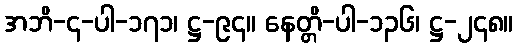
အဘိ-၄-ပါ-၁၇၁၊ ဋ္ဌ-၉၄။ နေတ္တိ-ပါ-၁၃၆၊ ဋ္ဌ-၂၄၈။